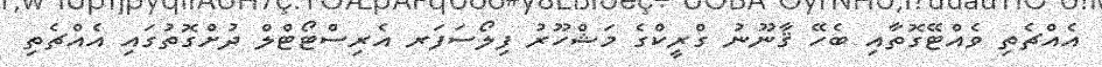
އެއްޗެތި ވެއްޓޭގޮތާއި ބެހޭ ޤާނޫނު ގްރީކްގެ މަޝްހޫރު ފިލޯސަފަރ އެރިސްޓޯޓްލް ދުށްގޮތުގައި އެއްޗެތި